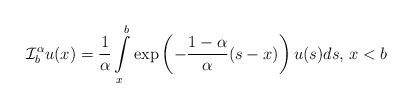
LaTeX: \begin{align*}\mathcal{I}^\alpha_b u(x)=\frac{1}{\alpha}\int\limits^b_x \exp\left(-\frac{1-\alpha}{\alpha}(s-x)\right) u(s)ds,\, x<b\end{align*}